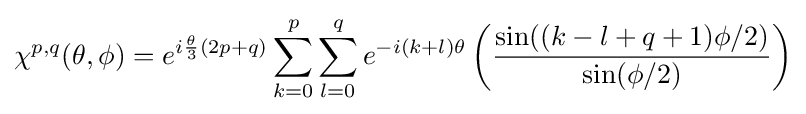
\chi ^{p,q}(\theta ,\phi )=e^{i{\frac {\theta }{3}}(2p+q)}\sum \limits _{k=0}^{p}\sum \limits _{l=0}^{q}e^{-i(k+l)\theta }\left({\frac {\sin((k-l+q+1)\phi /2)}{\sin(\phi /2)}}\right)